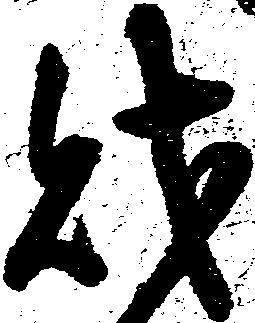
財